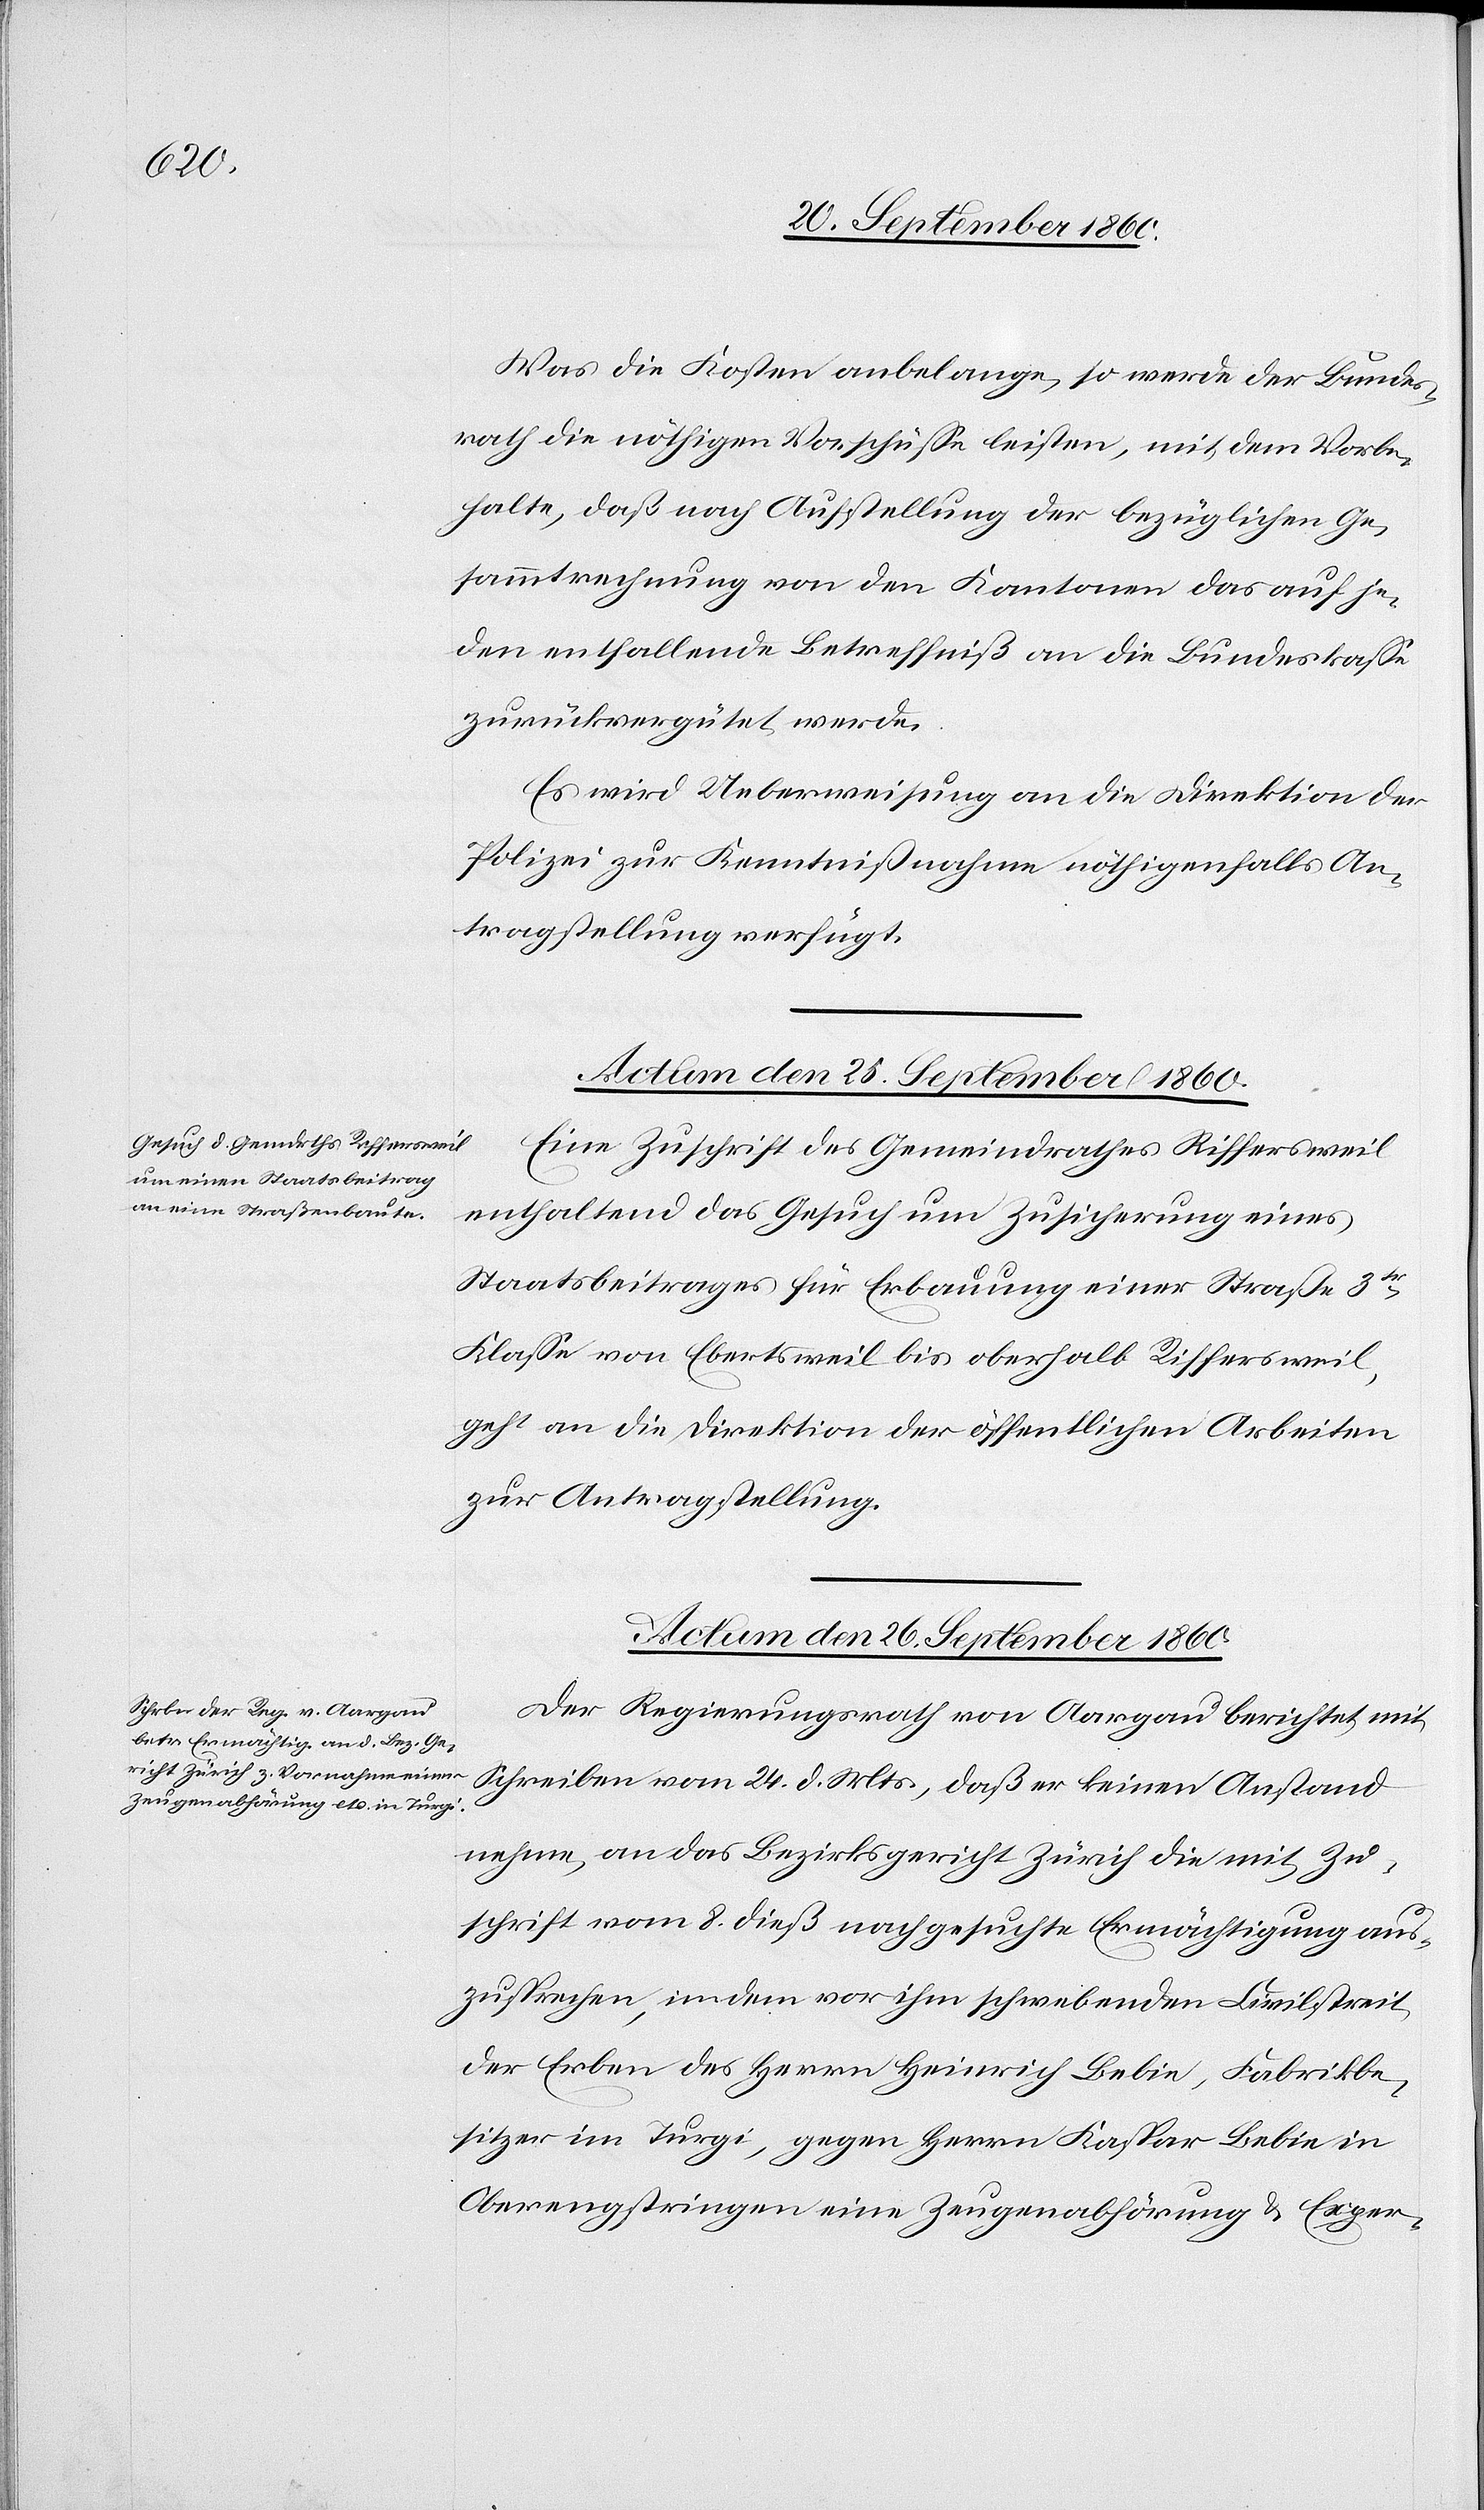
Was die Kosten anbelange, so werde der Bundes¬
rath die nöthigen Vorschüsse leisten, mit dem Vorbe¬
halte, daß nach Aufstellung der bezüglichen Ge¬
sammtrechnung von den Kantonen das auf je¬
den entfallende Betreffniß an die Bundeskasse
zurückvergütet werde.
Es wird Ueberweisung an die Direktion der
Polizei zur Kenntnißnahme nöthigenfalls An¬
tragstellung verfügt.
Actum den 25. September 1860.
Eine Zuschrift des Gemeindrathes Riffersweil
enthaltend das Gesuch um Zusicherung eines
Staatsbeitrages für Erbauung einer Straße 3tr
Klasse von Ebertsweil bis oberhalb Riffersweil,
geht an die Direktion der öffentlichen Arbeiten
zur Antragstellung.
Actum den 26. September 1860.
Der Regierungsrath von Aargau berichtet mit
Schreiben vom 24. d. Mts., daß er keinen Anstand
nehme, an das Bezirksgericht Zürich die mit Zu¬
schrift vom 8. dieß nachgesuchte Ermächtigung aus¬
zusprechen, indem vor ihm schwebenden Civilstreit
der Erben des Herrn Heinrich Bebie, Fabrikbe¬
sitzer im Turgi, gegen Herrn Kaspar Bebie in
Oberengstringen eine Zeugenabhörung & Exper-